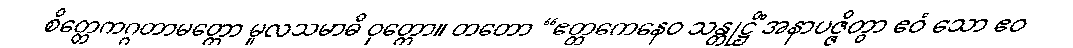
စိတ္တေကဂ္ဂတာမတ္တော မူလသမာဓိ ဝုတ္တော။ တတော “ဧတ္တကေနေဝ သန္တုဋ္ဌိံ အနာပဇ္ဇိတွာ ဧဝံ သော ဧဝ